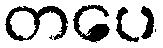
တပေ